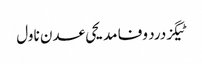
ٹیگزدرد وفا مدیحی عدن ناول